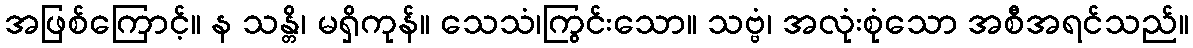
အဖြစ်ကြောင့်။ န သန္တိ၊ မရှိကုန်။ သေသံ၊ကြွင်းသော။ သဗ္ဗံ၊ အလုံးစုံသော အစီအရင်သည်။